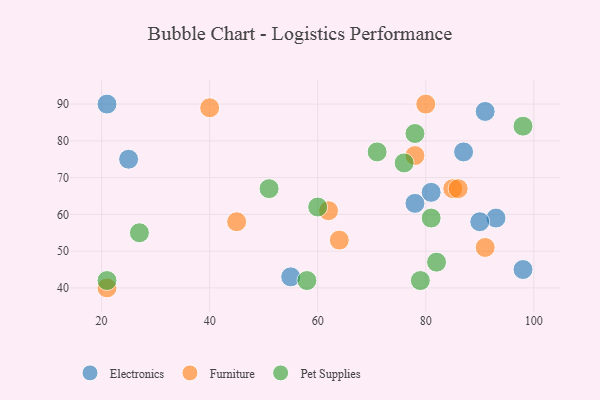
{"axis": {"x": "GDP", "y": "Life Expectancy"}, "legend": ["Electronics", "Furniture", "Pet Supplies"], "data": [{"x": "93", "y": 59, "type": "Electronics"}, {"x": "21", "y": 90, "type": "Electronics"}, {"x": "55", "y": 43, "type": "Electronics"}, {"x": "91", "y": 88, "type": "Electronics"}, {"x": "90", "y": 58, "type": "Electronics"}, {"x": "25", "y": 75, "type": "Electronics"}, {"x": "87", "y": 77, "type": "Electronics"}, {"x": "78", "y": 63, "type": "Electronics"}, {"x": "98", "y": 45, "type": "Electronics"}, {"x": "81", "y": 66, "type": "Electronics"}, {"x": "78", "y": 76, "type": "Furniture"}, {"x": "40", "y": 89, "type": "Furniture"}, {"x": "85", "y": 67, "type": "Furniture"}, {"x": "80", "y": 90, "type": "Furniture"}, {"x": "86", "y": 67, "type": "Furniture"}, {"x": "64", "y": 53, "type": "Furniture"}, {"x": "45", "y": 58, "type": "Furniture"}, {"x": "91", "y": 51, "type": "Furniture"}, {"x": "21", "y": 40, "type": "Furniture"}, {"x": "62", "y": 61, "type": "Furniture"}, {"x": "60", "y": 62, "type": "Pet Supplies"}, {"x": "58", "y": 42, "type": "Pet Supplies"}, {"x": "79", "y": 42, "type": "Pet Supplies"}, {"x": "51", "y": 67, "type": "Pet Supplies"}, {"x": "76", "y": 74, "type": "Pet Supplies"}, {"x": "71", "y": 77, "type": "Pet Supplies"}, {"x": "78", "y": 82, "type": "Pet Supplies"}, {"x": "81", "y": 59, "type": "Pet Supplies"}, {"x": "82", "y": 47, "type": "Pet Supplies"}, {"x": "98", "y": 84, "type": "Pet Supplies"}, {"x": "21", "y": 42, "type": "Pet Supplies"}, {"x": "27", "y": 55, "type": "Pet Supplies"}]}